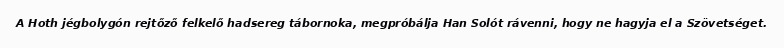
A Hoth jégbolygón rejtőző felkelő hadsereg tábornoka, megpróbálja Han Solót rávenni, hogy ne hagyja el a Szövetséget.